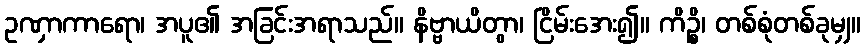
ဥဏှာကာရော၊ အပူ၏ အခြင်းအရာသည်။ နိဗ္ဗာယိတွာ၊ ငြိမ်းအေး၍။ ကိဉ္စိ၊ တစ်စုံတစ်ခုမျှ။